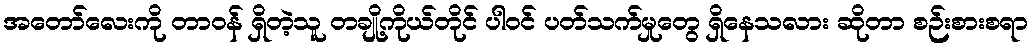
အတော်လေးကို တာဝန် ရှိတဲ့သူ တချို့ကိုယ်တိုင် ပါဝင် ပတ်သက်မှုတွေ ရှိနေသလား ဆိုတာ စဉ်းစားစရာ